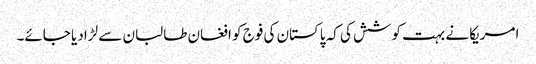
امریکا نے بہت کوشش کی کہ پاکستان کی فوج کو افغان طالبان سے لڑا دیا جائے۔